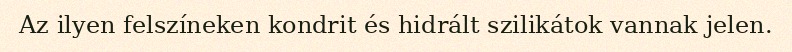
Az ilyen felszíneken kondrit és hidrált szilikátok vannak jelen.